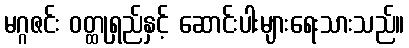
မဂ္ဂဇင်း ဝတ္ထုရှည်နှင့် ဆောင်းပါးများရေးသားသည်။